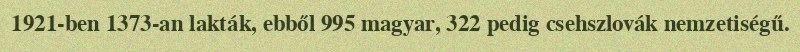
1921-ben 1373-an lakták, ebből 995 magyar, 322 pedig csehszlovák nemzetiségű.